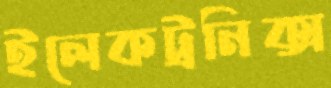
ইলেকট্রনিক্স